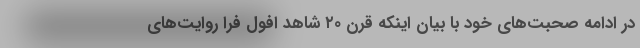
در ادامه صحبت‌های خود با بیان اینکه قرن ۲۰ شاهد افول فرا روایت‌های